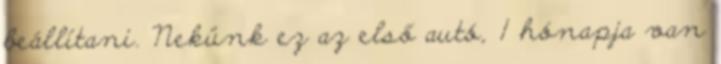
beállítani. Nekünk ez az első autó, 1 hónapja van